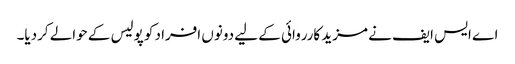
اے ایس ایف نے مزید کارروائی کے لیے دونوں افراد کو پولیس کے حوالے کردیا۔